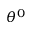
\theta ^ { 0 }